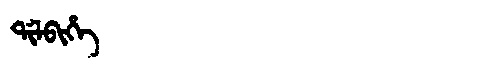
Manchu: ᡩᡳᠯᠪᡳᡥᡝ
Romanization: DILBIHE